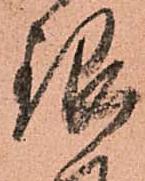
銀